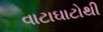
વાટાઘાટોથી